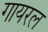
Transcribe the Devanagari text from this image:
गायरल